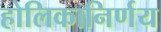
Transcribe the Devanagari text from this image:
होलिकानिर्णय